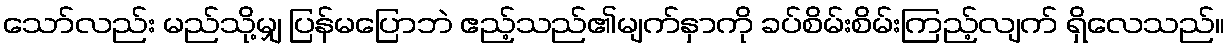
သော်လည်း မည်သို့မျှ ပြန်မပြောဘဲ ဧည့်သည်၏မျက်နှာကို ခပ်စိမ်းစိမ်းကြည့်လျက် ရှိလေသည်။